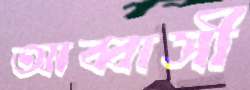
আব্বাসী